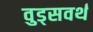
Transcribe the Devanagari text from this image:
वुड्सवर्थ